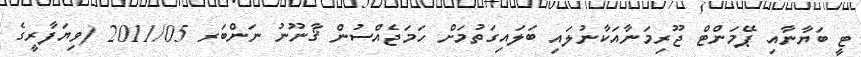
ޓީ ބަޔާނާއި ޕޭމަންޓް ޖޫރިމަނާއަކާނުލައި ބަލައިގަތުމަށް ހަމަޖެއްސުން ޤާނޫނު ނަންބަރ 2011/05 (ވިޔަފާރީގެ